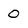
Character: 0